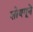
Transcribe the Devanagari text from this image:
शोयगूने